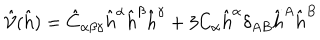
LaTeX: \hat { \mathcal { V } } ( \hat { h } ) = { \hat { C } } _ { \alpha \beta \gamma } { \hat { h } } ^ { \alpha } { \hat { h } } ^ { \beta } { \hat { h } } ^ { \gamma } + 3 C _ { \alpha } { \hat { h } } ^ { \alpha } \delta _ { A B } { \hat { h } } ^ { A } { \hat { h } } ^ { B }